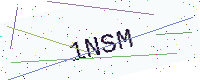
Text: 1NSM